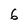
Character: 6